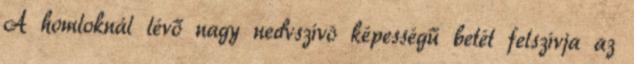
A homloknál lévő nagy nedvszívó képességű betét felszívja az